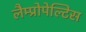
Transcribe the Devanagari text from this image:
लैम्प्रोपेल्टिस